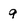
Character: 9